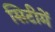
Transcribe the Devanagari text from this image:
सिटीमें